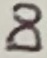
Text: D0